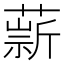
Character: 𦼢